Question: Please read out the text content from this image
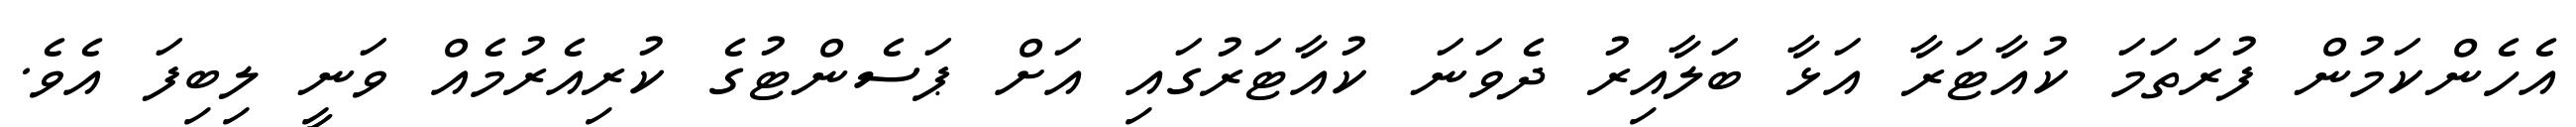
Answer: އެހެންކަމުން ފުރަތަމަ ކުއާޓަރާ އަޅާ ބަލާއިރު ދެވަނަ ކުއާޓަރުގައި އަށް ޕަސެންޓުގެ ކުރިއެރުމެއް ވަނީ ލިބިފަ އެވެ.